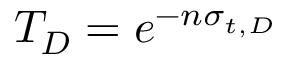
T _ { D } = e ^ { - n \sigma _ { t , D } }